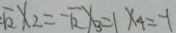
\sqrt { 2 } x _ { 2 } = - \sqrt { 2 } x _ { 3 } = 1 x _ { 4 } = - 1